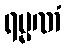
ရမ္မဏံ